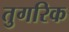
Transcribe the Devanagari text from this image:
तुगरिक